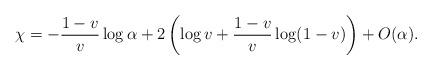
LaTeX: \begin{align*}\chi=-\frac{1-v}{v}\log\alpha+2\left(\log v+\frac{1-v}{v}\log(1-v)\right)+O(\alpha).\end{align*}